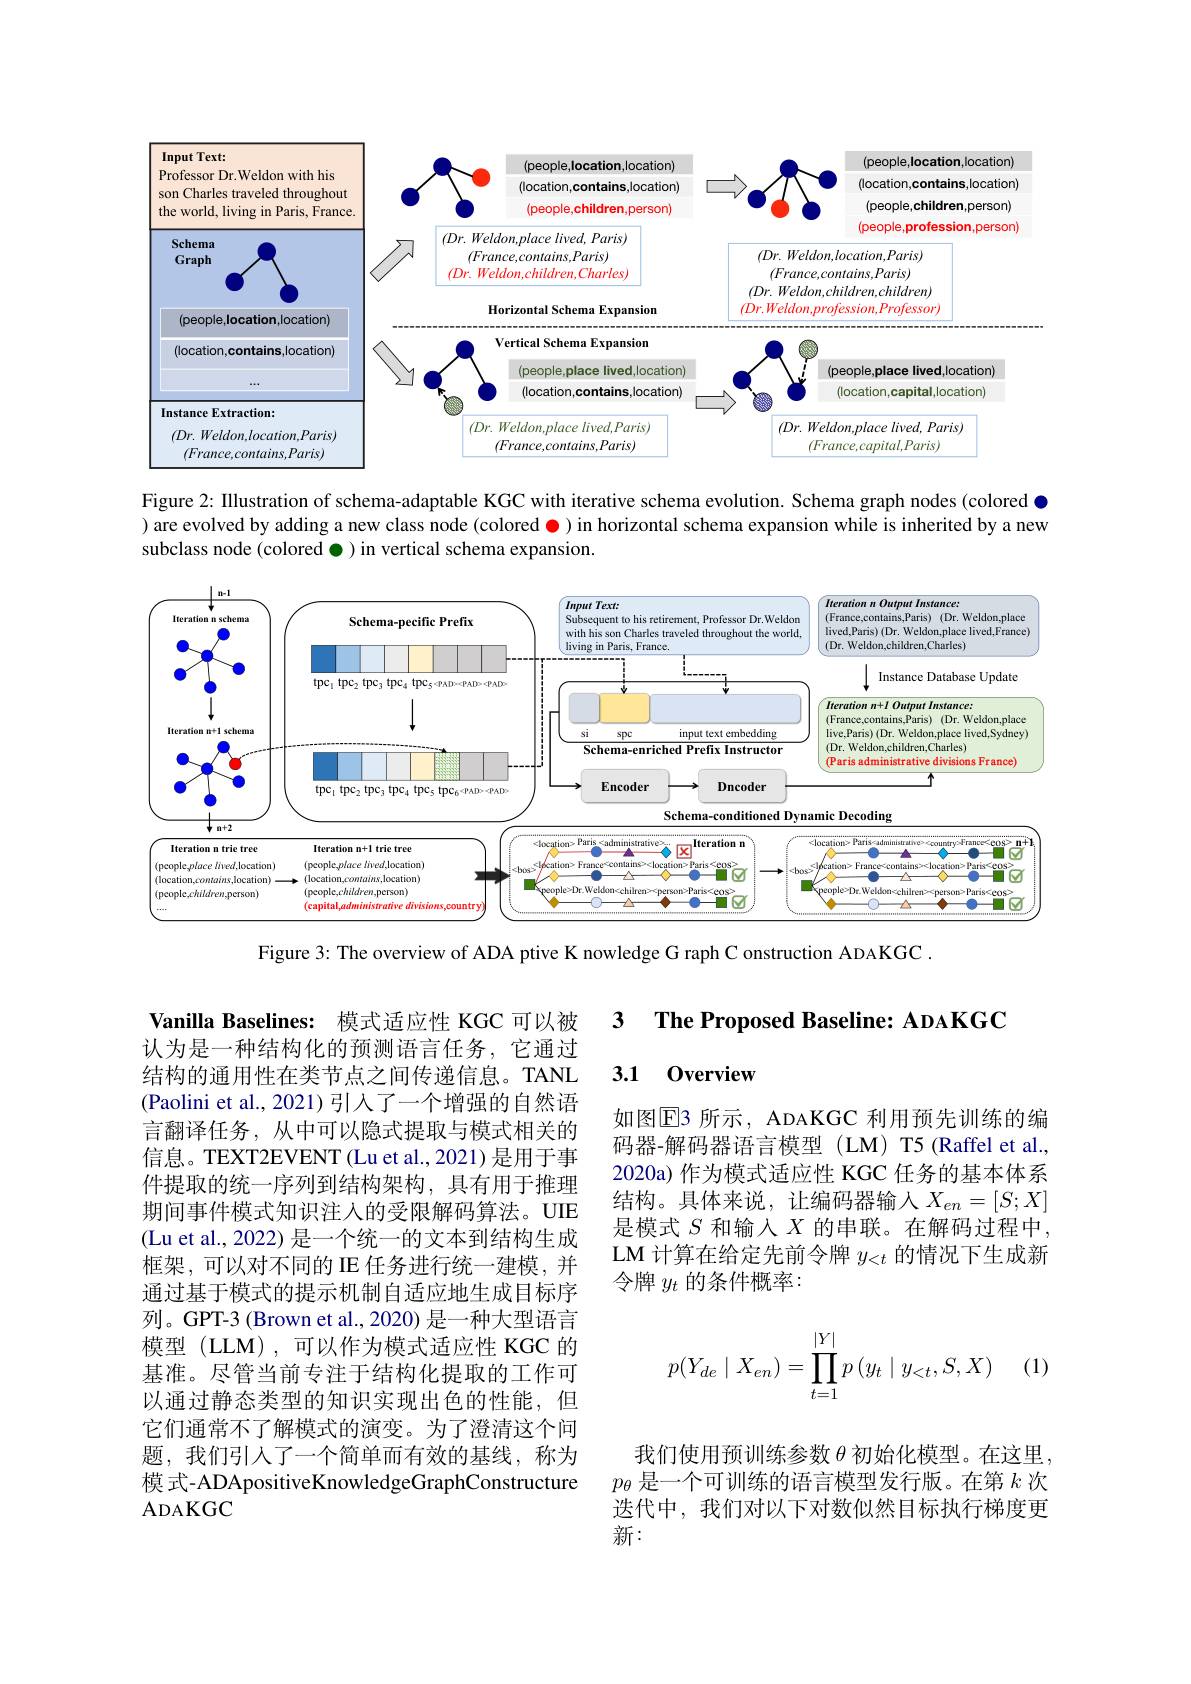
<FigureHere>

Figure 2: Illustration of schema-adaptable KGC with iterative schema evolution. Schema graph nodes (colored $\bullet$ ) are evolved by adding a new class node (colored $\color{red}{\bullet}$ )in horizontal schema expansion while is inherited by a new subclass node (colored $\bullet)$ in vertical schema expansion.

<FigureHere>

Figure 3: The overview of ADA ptive K nowledge G raph C onstruction ADAKGC .

3 $\textbf{The Proposed Baseline: ADAKGC}$

3.1 0verview

如图E3 所示，ADAKGC 利用预先训练的编码器-解码器语言模型(LM) T5(Raffel et al., 2020a) 作为模式适应性 KGC 任务的基本体系结构。具体来说，让编码器输入$X_en=[S;X]$ 是模式$S$和输入$X$的串联。在解码过程中， LM 计算在给定先前令牌$y_{<t}$的情况下生成新令牌$y_t$的条件概率：

Vanilla Baselines: 模式适应性 KGC 可以被认为是一种结构化的预测语言任务，它通过结构的通用性在类节点之间传递信息。TANL (Paolini et al., 2021)引入了一个增强的自然语言翻译任务，从中可以隐式提取与模式相关的信息。TEXT2EVENT (Lu et al., 2021) 是用于事件提取的统一序列到结构架构，具有用于推理期间事件模式知识注人的受限解码算法。UIE (Lu et al., 2022) 是一个统一的文本到结构生成框架，可以对不同的 IE 任务进行统一建模，并通过基于模式的提示机制自适应地生成目标序列。GPT-3 (Brown et al., 2020) 是一种大型语言模型 (LLM),可以作为模式适应性 KGC 的基准。尽管当前专注于结构化提取的工作可以通过静态类型的知识实现出色的性能，但它们通常不了解模式的演变。为了澄清这个问题，我们引人了一个简单而有效的基线，称为模 式- ADApositive KnowledgeGraphConstructure ADAKGC
$$p(Y_{de}\mid X_{en})=\prod\limits_{t=1}^{|Y|}p\left(y_t\mid y_{<t},S,X\right)$$
(1)

我们使用预训练参数$\theta$初始化模型。在这里， $p_\theta$是一个可训练的语言模型发行版。在第$k$次迭代中，我们对以下对数似然目标执行梯度更新：